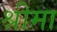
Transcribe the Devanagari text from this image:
श्रीमा